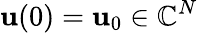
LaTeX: \mathbf{u}(0)=\mathbf{u}_{0}\in\mathbb{{C}}^{N}